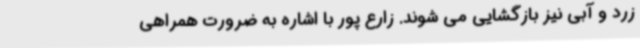
زرد و آبی نیز بازگشایی می شوند. زارع پور با اشاره به ضرورت همراهی